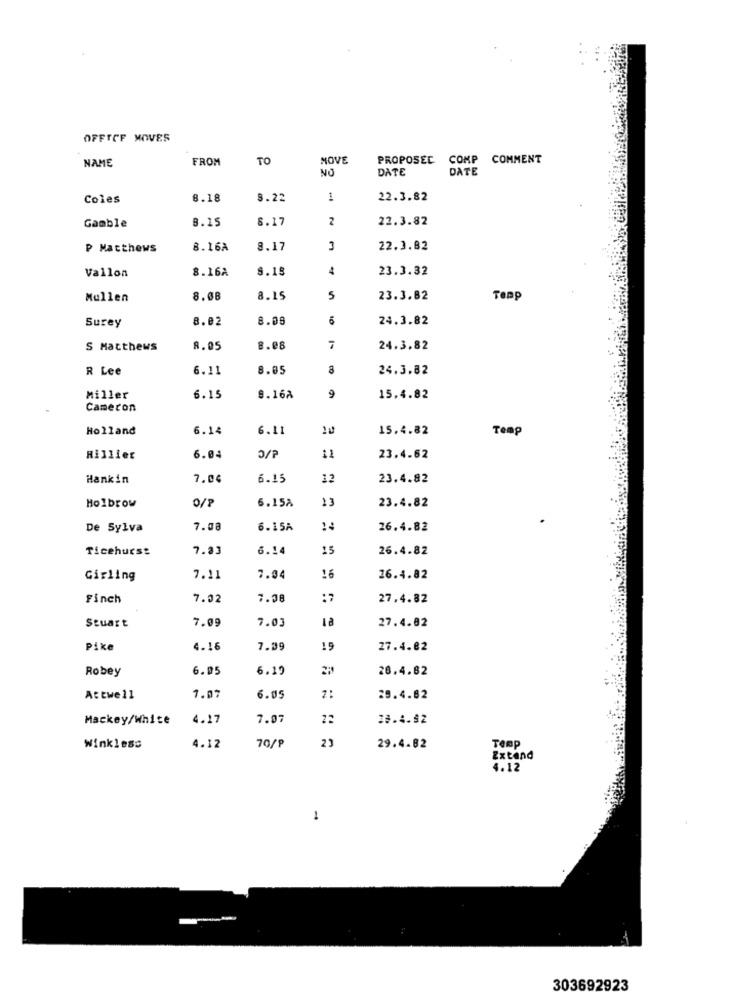
OFFTOF MOVES
NAME
FROM
TO
MOVE
PROPOSEC COMP
COMMENT
NO
DATE
DATE
Coles
8.18
8.22
22.3.82
8.17
22.3.82
Gamble
8.15
P Matthews
8.16A
8.17
22.3.82
8.16A
8.18
4
23.3.32
Vallon
Mullen
8.08
8.15
5
23.3.82
Temp
8.02
8.08
6
24.3.82
Surey
S Matthews
8.05
8.08
7
24.3.82
R Lee
6.11
8.05
24.3.82
Miller
6.15
9.168
9
15.4.82
Cameron
Holland
6.14
6.11
10
15.4.82
Temp
Hillier
6.04
O/P
11
23.4.62
Hankin
7.04
6.15
12
23.4.82
6.15A
13
23.4.82
Holbrow
De Sylva
7.08
6.15A
26.4.82
Ticehurse
7.83
6.14
15
26.4.82
16
Girling
7.11
7.04
26.4.82
Finch
7.02
7.08
:7
27.4.82
7.09
7.03
27.4.02
Stuart
Pike
4.16
7.39
19
27.4.82
Robey
6.05
6.19
28.4.82
Attwell
7.07
6.05
29.4.82
Mackey/White
4.17
7.07
22
38.4.82
4.12
70/P
23
Winkless
29.4.82
Temp
Extend
4.12
1
303692923